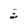
Character: 3